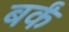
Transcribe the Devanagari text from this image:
बर्कं